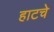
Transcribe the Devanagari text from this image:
हाटचे